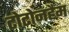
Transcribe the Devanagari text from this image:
टोटोनहैम